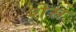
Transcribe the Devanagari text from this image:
शेस